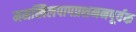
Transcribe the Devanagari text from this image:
ममखिलपापप्रशमनपूर्वक